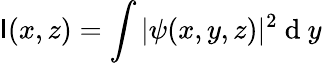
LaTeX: \mathsf{I}(x,z)=\int|\psi(x,y,z)|^{2}\mathrm{{~d~}}y